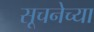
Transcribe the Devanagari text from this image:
सूचनेच्या